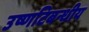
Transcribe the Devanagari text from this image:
उष्णटिबन्धीय